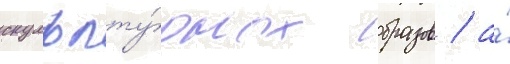
скульпту́рных образов / а́